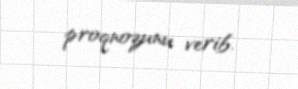
proqnozunu verib.